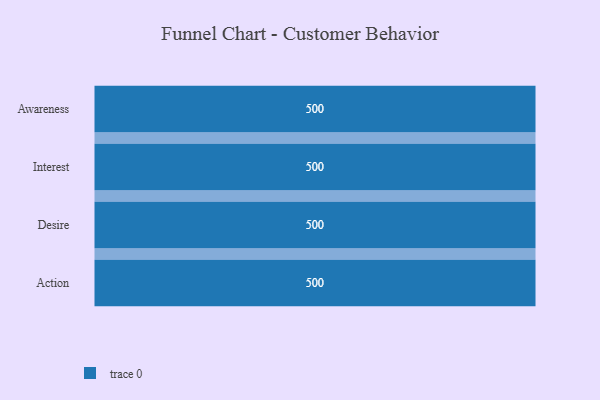
{"axis": {"x": "Stage", "y": "Value"}, "legend": [""], "data": [{"x": "Awareness", "y": 500, "type": ""}, {"x": "Interest", "y": 500, "type": ""}, {"x": "Desire", "y": 500, "type": ""}, {"x": "Action", "y": 500, "type": ""}]}